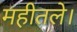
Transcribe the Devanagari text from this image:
महीतले।